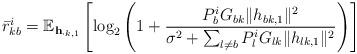
LaTeX: \begin{align*} \bar{r}_{kb}^i = \mathbb{E}_{\textbf{h}_{\cdot k,1}} \left[\log_2 \left(1+ \frac{P_b^i G_{bk} \|h_{bk,1}\|^2}{\sigma^2 + \sum_{l\neq b} P_l^i G_{lk} \|h_{lk,1}\|^2}\right) \right]\end{align*}